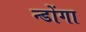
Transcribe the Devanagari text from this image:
न्डोंगा